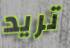
تريد